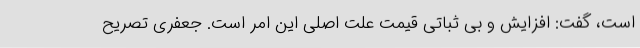
است، گفت: افزایش و بی ثباتی قیمت علت اصلی این امر است. جعفری تصریح